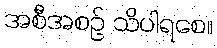
အစီအစဉ် သိပါရစေ။